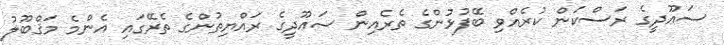
ސަޢޫދީގެ ރަސްކަން ކުރެއްވި ބޭފުޅުންގެ ތެރެއިން ސަޢޫދީގެ ރައްޔިތުންގެ ތެރޭގައި އެންމެ މަޤްބޫލު